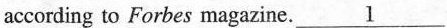
according to Forbes magazine.\underline{1}